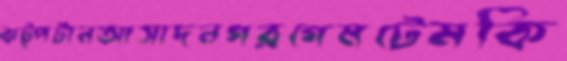
ঝট্‌পটানআসাদনগরগেমটেমকি